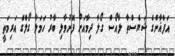
އަފްޣާންގެ ޝަޔެސްތާ ލާއޯސް ގޯލާ ދިމާއަށް ފޮނުވާލި ބާރު ހަމަލާ ގޯލްގެ އަރިމަތީ